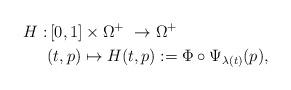
LaTeX: \begin{align*}H:&\left[0,1\right] \times \Omega^+\ \rightarrow \Omega^+\\& (t,p) \mapsto H(t,p):= \Phi \circ \Psi_{\lambda(t)}(p),\end{align*}